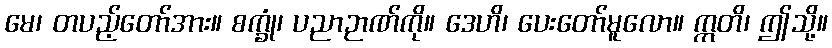
မေ၊ တပည့်တော်အား။ စက္ခုံ၊ ပညာဉာဏ်ကို။ ဒေဟိ၊ ပေးတော်မူလော။ ဣတိ၊ ဤသို့။